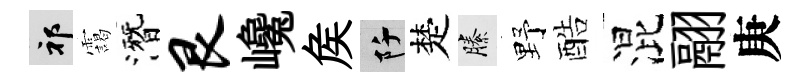
祁靄潛艮巉矦阡楚縢野酷混翮庚